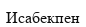
Исабекпен